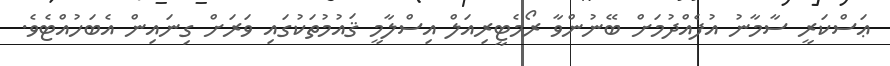
ޢަސްކަރީ ސާމާނު އުފެއްދުމަށް ބޭނުންވާ ރޯމެޓީރިއަލް އިސްލާމީ ޤައުމުތަކުގައި ވަރަށް ގިނައިން އެބަހުއްޓެވެ.